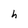
Character: h